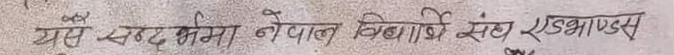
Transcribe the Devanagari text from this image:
यस खण्ड सीमा नेपाल विद्यार्थी संघ एम्भास